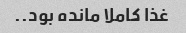
غذا کاملا مانده بود..